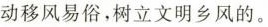
动移风易俗，树立文明乡风的。